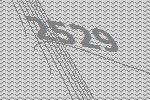
2529